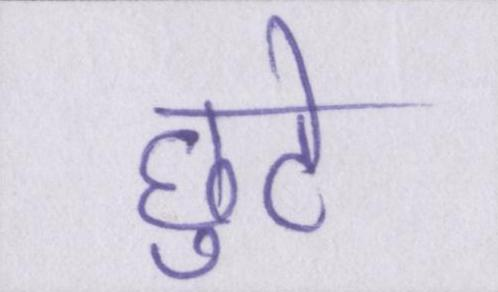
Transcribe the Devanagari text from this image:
छुटे